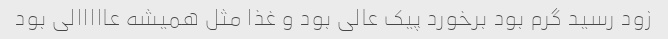
زود رسید گرم بود برخورد پیک عالی بود و غذا مثل همیشه عااااالی بود